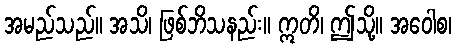
အမည်သည်။ အသိ၊ ဖြစ်ဘိသနည်း။ ဣတိ၊ ဤသို့။ အဝေါစ၊